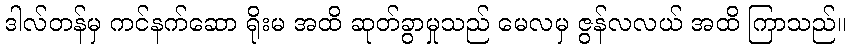
ဒါလ်တန်မှ ကင်နက်ဆော ရိုးမ အထိ ဆုတ်ခွာမှုသည် မေလမှ ဇွန်လလယ် အထိ ကြာသည်။